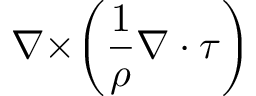
\boldsymbol { \nabla \times } \bigg ( \frac { 1 } { \rho } \boldsymbol { \nabla \cdot \tau } \bigg )